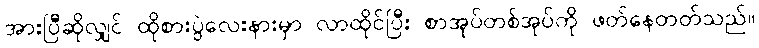
အားပြီဆိုလျှင် ထိုစားပွဲလေးနားမှာ လာထိုင်ပြီး စာအုပ်တစ်အုပ်ကို ဖတ်နေတတ်သည်။